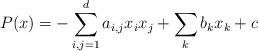
LaTeX: \begin{align*} P(x) = -\sum_{i,j=1}^d a_{i,j}x_ix_j + \sum_k b_k x_k +c\end{align*}